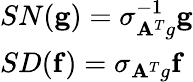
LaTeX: \begin{array}{l}{SN(\mathbf{g})=\sigma_{\mathbf{A}^{T}g}^{-1}\mathbf{g}}\\ {SD(\mathbf{f})=\sigma_{\mathbf{A}^{T}g}\mathbf{f}}\end{array}